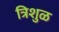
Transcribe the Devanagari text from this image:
त्रिशुळ